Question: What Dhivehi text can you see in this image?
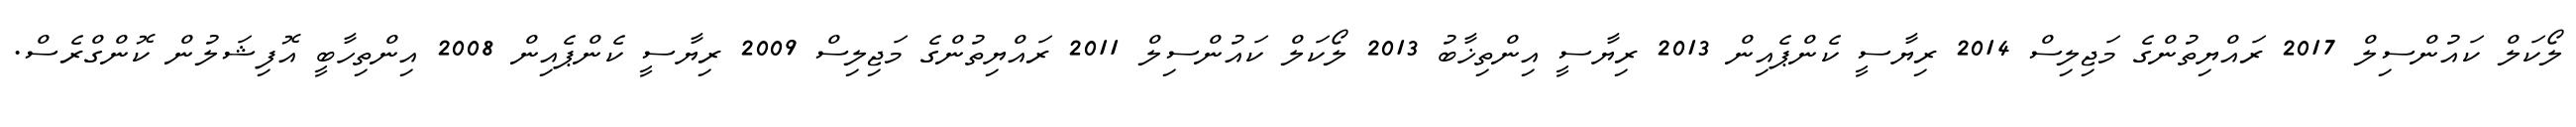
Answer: ލޯކަލް ކައުންސިލް 2017 ރައްޔިތުންގެ މަޖިލިސް 2014 ރިޔާސީ ކެންޕެއިން 2013 ރިޔާސީ އިންތިޚާބު 2013 ލޯކަލް ކައުންސިލް 2011 ރައްޔިތުންގެ މަޖިލިސް 2009 ރިޔާސީ ކެންޕެއިން 2008 އިންތިހާބީ އޮފިޝަލުން ކޮންގްރެސް.